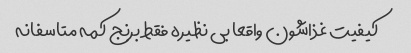
کیفیت غذاشون واقعا بی نظیره فقط برنج کمه متاسفانه